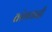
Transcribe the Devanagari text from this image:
तरंगवादी